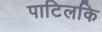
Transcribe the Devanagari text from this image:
पाटिलकि